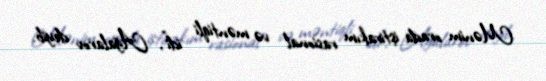
Mənim orada iştirakım rasional və məntiqli idi", Ağalarov deyib.